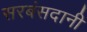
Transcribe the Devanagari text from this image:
सरबंसदानी